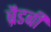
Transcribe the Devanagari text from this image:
ब्रैडबी